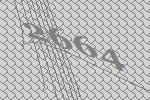
2664